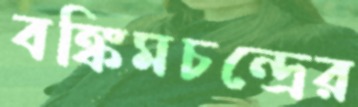
বঙ্কিমচন্দ্রের